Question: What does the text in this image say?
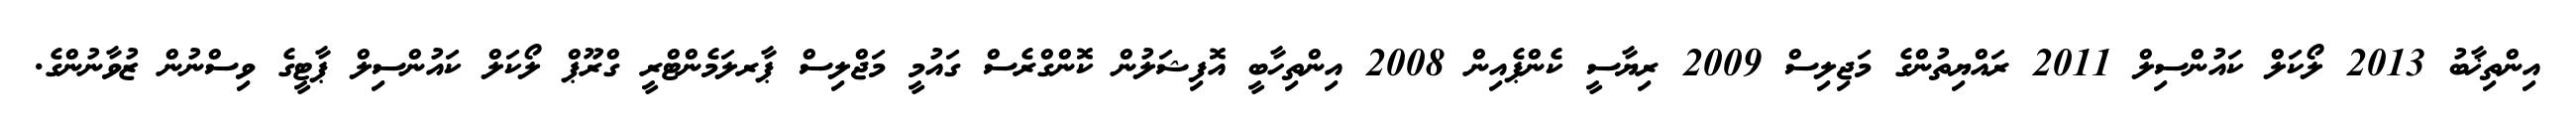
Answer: އިންތިޚާބު 2013 ލޯކަލް ކައުންސިލް 2011 ރައްޔިތުންގެ މަޖިލިސް 2009 ރިޔާސީ ކެންޕެއިން 2008 އިންތިހާބީ އޮފިޝަލުން ކޮންގްރެސް ގައުމީ މަޖްލިސް ޕާރލަމެންޓްރީ ގްރޫޕް ލޯކަލް ކައުންސިލް ޕާޓީގެ ވިސްނުން ޒުވާނުންގެ.